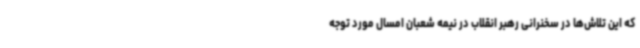
که این تلاش‌ها در سخنرانی رهبر انقلاب در نیمه شعبان امسال مورد توجه